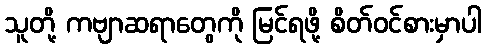
သူတို့ ကဗျာဆရာတွေကို မြင်ရဖို့ စိတ်ဝင်စားမှာပါ